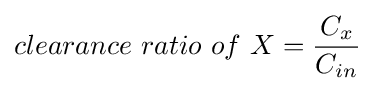
clearance\ ratio\ of\ X={\frac {C_{x}}{C_{in}}}